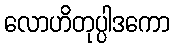
လောဟိတုပ္ပါဒကော